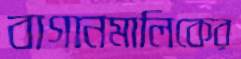
বাগানমালিকের